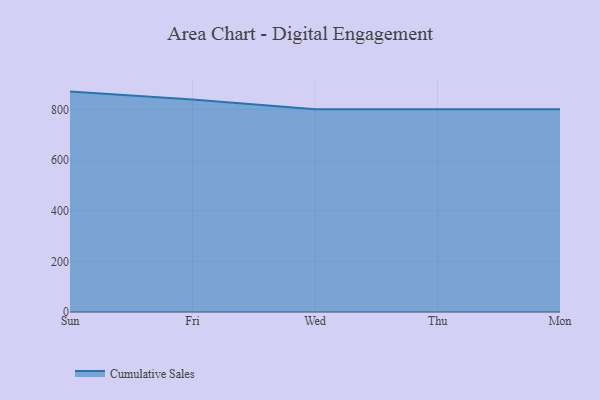
{"axis": {"x": "Day", "y": "Gross Profit (USD K)"}, "legend": ["Cumulative Sales"], "data": [{"x": "Sun", "y": 870.1, "type": "Cumulative Sales"}, {"x": "Fri", "y": 839.3, "type": "Cumulative Sales"}, {"x": "Wed", "y": 800, "type": "Cumulative Sales"}, {"x": "Thu", "y": 800, "type": "Cumulative Sales"}, {"x": "Mon", "y": 800, "type": "Cumulative Sales"}]}